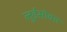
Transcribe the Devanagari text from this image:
लुईसोबत